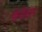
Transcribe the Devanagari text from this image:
छेनीदार